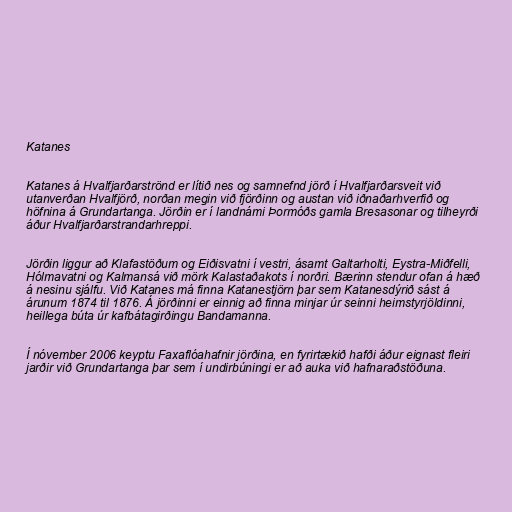
Katanes

Katanes á Hvalfjarðarströnd er lítið nes og samnefnd jörð í Hvalfjarðarsveit við
utanverðan Hvalfjörð, norðan megin við fjörðinn og austan við iðnaðarhverfið og
höfnina á Grundartanga. Jörðin er í landnámi Þormóðs gamla Bresasonar og tilheyrði
áður Hvalfjarðarstrandarhreppi.

Jörðin liggur að Klafastöðum og Eiðisvatni í vestri, ásamt Galtarholti, Eystra-Miðfelli,
Hólmavatni og Kalmansá við mörk Kalastaðakots í norðri. Bærinn stendur ofan á hæð
á nesinu sjálfu. Við Katanes má finna Katanestjörn þar sem Katanesdýrið sást á
árunum 1874 til 1876. Á jörðinni er einnig að finna minjar úr seinni heimstyrjöldinni,
heillega búta úr kafbátagirðingu Bandamanna.

Í nóvember 2006 keyptu Faxaflóahafnir jörðina, en fyrirtækið hafði áður eignast fleiri
jarðir við Grundartanga þar sem í undirbúningi er að auka við hafnaraðstöðuna.